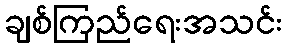
ချစ်ကြည်ရေးအသင်း